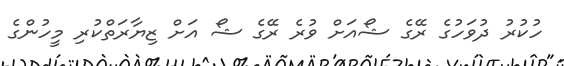
ހުކުރު ދުވަހުގެ ރޭގެ ޝޯއަށް ވުރެ ރޭގެ ޝޯ އަށް ޒިޔާރަތްކުރި މީހުންގެ